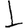
Digit: 1